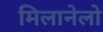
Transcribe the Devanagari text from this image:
मिलानेलो